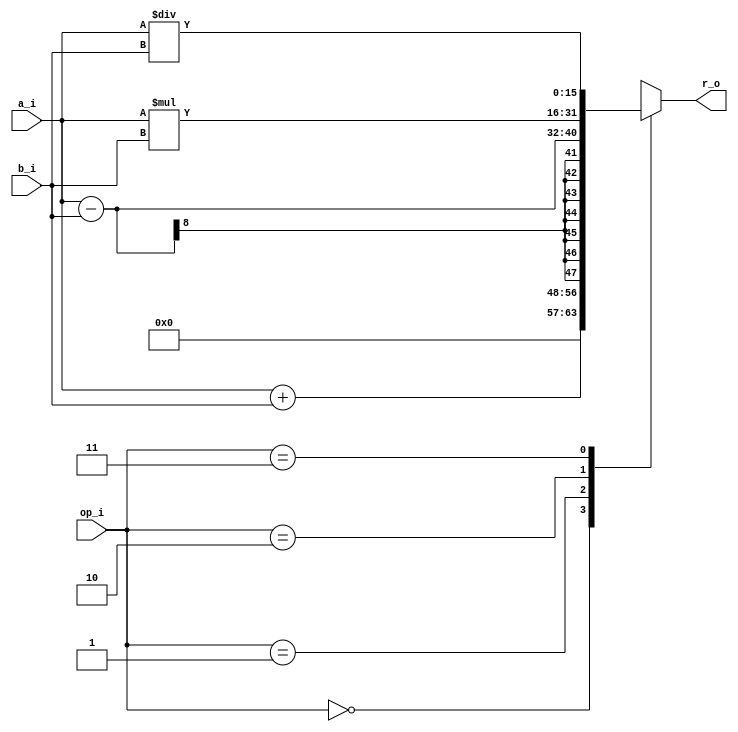
module alu #(parameter w=8) (a_i,b_i,op_i,r_o);
    input  [w-1:0]  a_i,b_i;
    input  [1:0]  op_i;
    output reg [(w*2)-1:0]  r_o;

    parameter add = 2'b00;
    parameter sub = 2'b01;
    parameter mul = 2'b10;
    parameter div = 2'b11;

    always @(*) 
        begin
            case(op_i)
                add:
                    r_o=a_i+b_i;
                sub:
                    r_o=a_i-b_i;
                mul:
                    r_o=a_i*b_i;
                div:
                    r_o=a_i/b_i;
            endcase
        
        end


endmodule